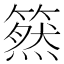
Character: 𥳚